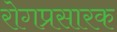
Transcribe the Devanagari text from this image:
रोगप्रसारक